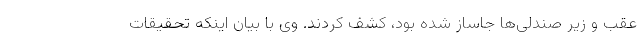
عقب و زیر صندلی‌ها جاساز شده بود، کشف کردند. وی با بیان اینکه تحقیقات